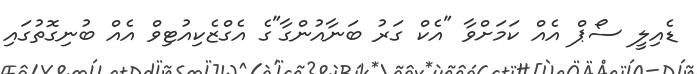
ޑެއިލީ ސޯޕް އެއް ކަމަށްވާ "އެކް ގަރު ބަނާއުންގާ"ގެ އެގްޒެކިއުޓިވް އެއް ބުނިގޮތުގައި